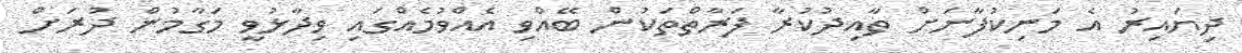
ދިޔައިރު އެ މަނިކުފާނަށް ތާއިދުކުރާ ފަރާތްތަކުން ބޭއްވި އެއްވުމެއްގައި ވިދާޅުވީ މަގާމުން ދުރަށް